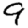
Digit: 9